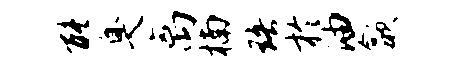
能臭离楠珞於油歙